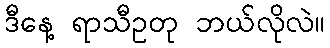
ဒီနေ့ ရာသီဥတု ဘယ်လိုလဲ။